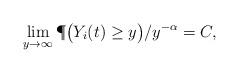
LaTeX: \begin{align*} \lim_{y \to\infty}\P \bigl(Y_i(t) \geq y\bigr) / y^{-\alpha} = C,\end{align*}